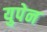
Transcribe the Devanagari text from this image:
युपेन